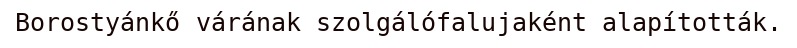
Borostyánkő várának szolgálófalujaként alapították.